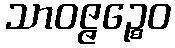
သာဝဇ္ဇဉ္စေဝ